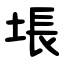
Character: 㙊